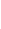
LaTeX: \! \! \! \! \! \! \! \! \! \! \! \! \! \! \! \! \! \! \! \! \! \! \! \! \! \! \! \! \! \! \! \! \! \! \! \! \! \! \! \! \! \! \! \! \! \! \! \dot{\! }\! \! \! \! \! \! \! \! \! \! \! \mathbf{x}\! \! \! \! \! \! \! \! \! \! \! \! \! \! \! \! \! \! \! \! \! \! \! \! \in\! \! \! \! \! \! \! \! \! \! \! \! \ensuremath{\mathcal{F}}\! \! \! \! \! \! \! \! \! \! \! \! _{Z}\! \! \! \! \! \! \! \! \! \! \! \! (\! \! \! \! \! \! \! \! \! \! \! \! \mathbf{x}\! \! \! \! \! \! \! \! \! \! \! \! )\! \! \! \! \! \! \! \! \! \! \! \! ,\! \! \! \! \! \! \! \! \! \! \! \! \! \! \! \! \! \! \! \! \! \! \!